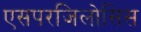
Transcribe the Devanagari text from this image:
एसपरजिलोसिस